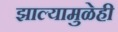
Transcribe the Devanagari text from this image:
झाल्यामुळेही